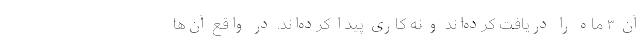
آن ۳ ماه را دریافت کرده‌اند و نه کاری پیدا کرده‌اند. در واقع آن‌ها